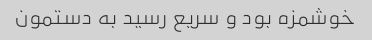
خوشمزه بود و سریع رسید به دستمون